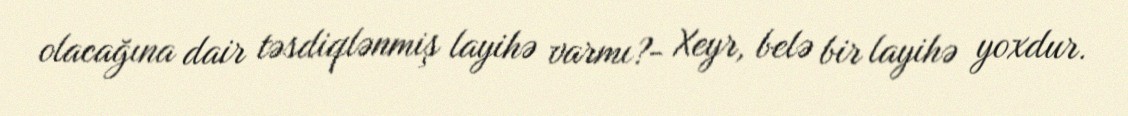
olacağına dair təsdiqlənmiş layihə varmı?- Xeyr, belə bir layihə yoxdur.